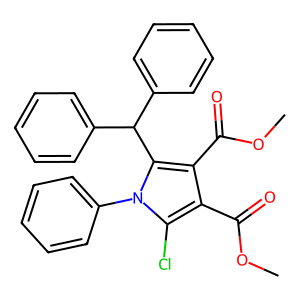
SMILES: COC(=O)c1c(C(=O)OC)c(C(c2ccccc2)c2ccccc2)n(-c2ccccc2)c1Cl
Inhibits HIV replication: No